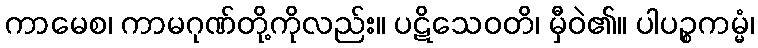
ကာမေစ၊ ကာမဂုဏ်တို့ကိုလည်း။ ပဋိသေဝတိ၊ မှီဝဲ၏။ ပါပဉ္စကမ္မံ၊